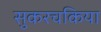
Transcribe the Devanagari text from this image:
सुकरचकिया